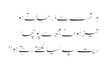
ہر آہٹ سے ڈر جاتے ہو
تیز ہوا نے مجھ سے پوچھا
ریت پہ کیا لکھتے رہتے ہو؟